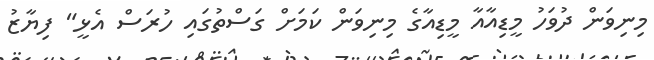
މިނިވަން ދުވަހު މީޑިއާއާ މީޑިއާގެ މިނިވަން ކަމަށް ގަސްތުގައި ހުރަސް އެޅީ" ފިޔާޒު